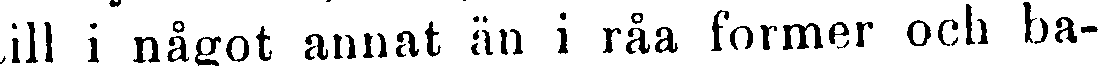
till i något annat än i råa former och ba-